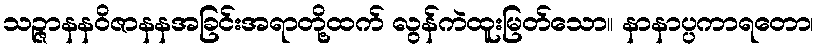
သဉ္ဇာနနဝိဇာနနအခြင်းအရာတို့ထက် လွန်ကဲထူးမြတ်သော။ နာနာပ္ပကာရတော၊